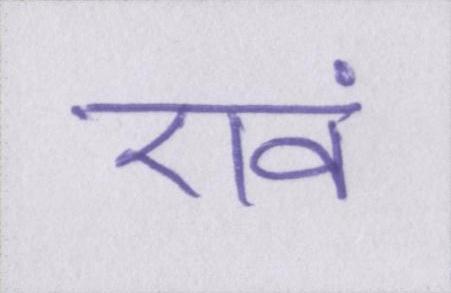
एवं